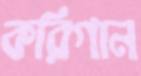
করিগান